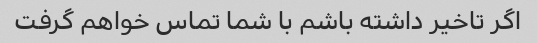
اگر تاخیر داشته باشم با شما تماس خواهم گرفت